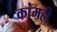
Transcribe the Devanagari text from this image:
कांमही